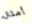
أمثال